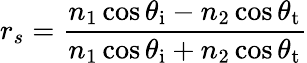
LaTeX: r_{s}={\frac{n_{1}\cos\theta_{\mathrm{i}}-n_{2}\cos\theta_{\mathrm{t}}}{n_{1}\cos\theta_{\mathrm{i}}+n_{2}\cos\theta_{\mathrm{t}}}}